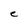
Character: C